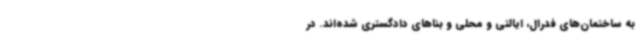
به ساختمان‌های فدرال، ایالتی و محلی و بناهای دادگستری شده‌اند. در